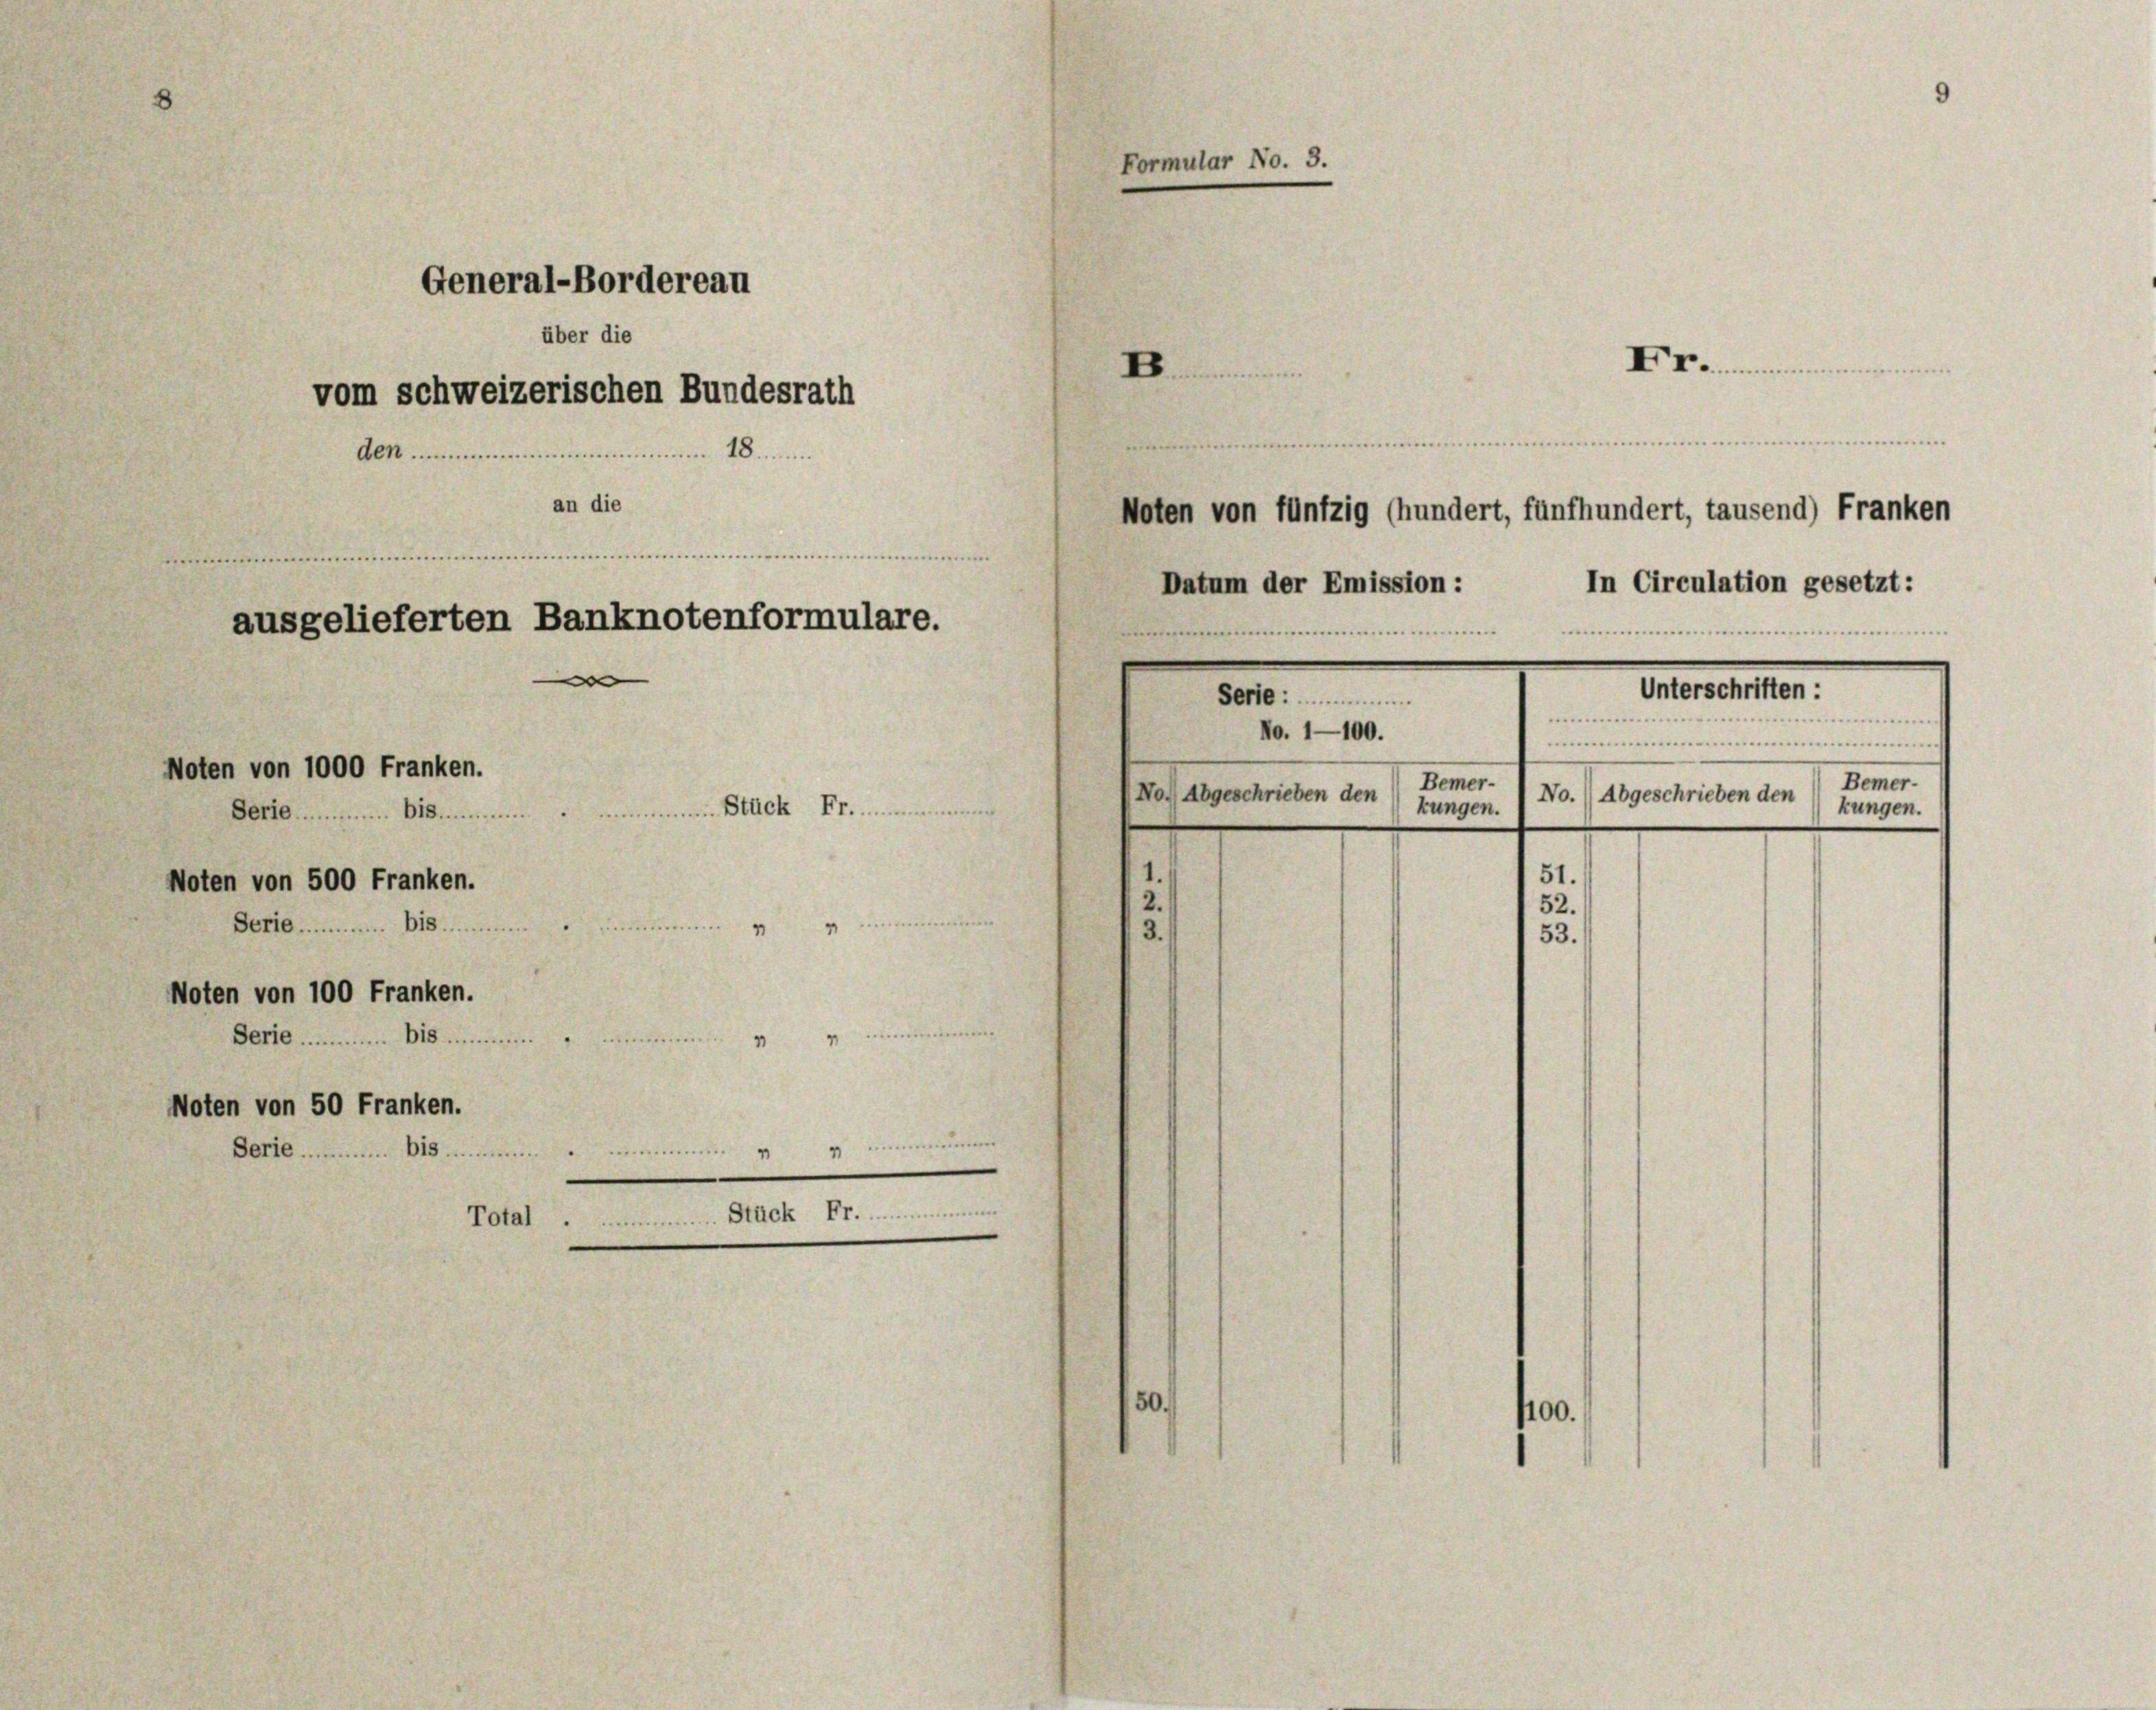
ausgelieferten Banknotenformulare.
e
Noten von 1000 Franken.
 Stück Fr.
Serie 18 .....
Noten von 500 Franken.

Serie bis

General-Bordereau
über die
vom schweizerischen Bundesrath
Aen im 18......
an die

.
“
Noten von 100 Franken.
Serie sin
4
.

loten von 50 Franken.

is.

Total

Stück Fr.

Formular No. 3.

Fr..
B

Noten von fünfzig (hundert, fünfhundert, tausend) Franken

.
i

In Circulation gesetzt:
e...........
.
Unterschriften :
Serie
e
No. 1100.
e
Bemer-
Bemer-
No.) Abgeschrieben den
No.) Abgeschrieben den kungen.
kungen.

Datum der Emission:

51.
52.
53.